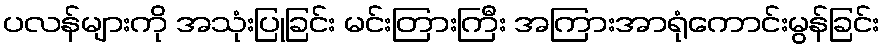
ပလန်များကို အသုံးပြုခြင်း မင်းတြားကြီး အကြားအာရုံကောင်းမွန်ခြင်း